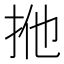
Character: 𢫌